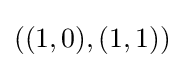
((1,0),(1,1))